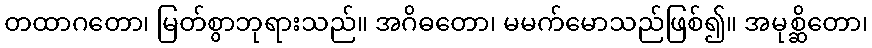
တထာဂတော၊ မြတ်စွာဘုရားသည်။ အဂိဓတော၊ မမက်မောသည်ဖြစ်၍။ အမုစ္ဆိတော၊